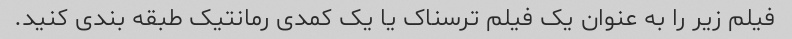
فیلم زیر را به عنوان یک فیلم ترسناک یا یک کمدی رمانتیک طبقه بندی کنید.